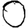
Digit: 0